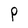
Character: P